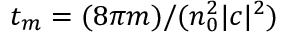
t _ { m } = ( 8 \pi m ) / ( n _ { 0 } ^ { 2 } | c | ^ { 2 } )